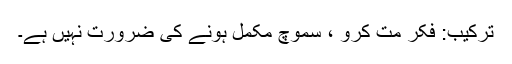
ترکیب: فکر مت کرو ، سموچ مکمل ہونے کی ضرورت نہیں ہے۔